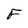
Character: F